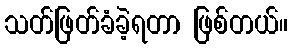
သတ်ဖြတ်ခံခဲ့ရတာ ဖြစ်တယ်။